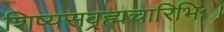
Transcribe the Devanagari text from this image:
शिष्यसव्रह्मचारिभिः।